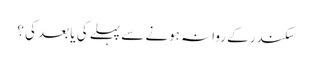
سکندر کے روانہ ہونے سے پہلے کی یا بعد کی ؟